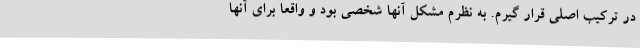
در ترکیب اصلی قرار گیرم. به نظرم مشکل آنها شخصی بود و واقعا برای آنها